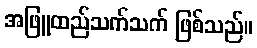
အဖြူထည်သက်သက် ဖြစ်သည်။